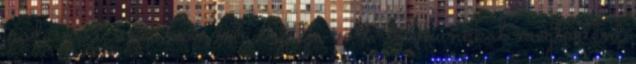
irodaszert, ami nem is a sajátja volt. Sokunkkal megtörtént